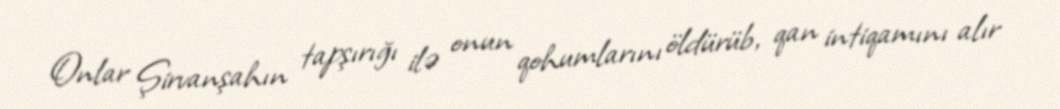
Onlar Şirvanşahın tapşırığı ilə onun qohumlarını öldürüb, qan intiqamını alır